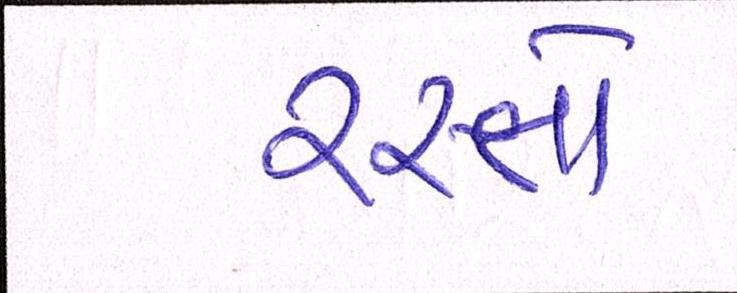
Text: રસ્તો